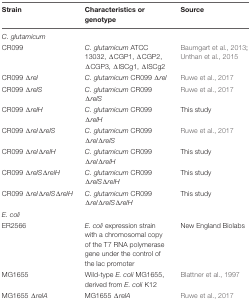
| Strain | Characteristics or genotype | Source |
 | --- | --- | --- |
 | <COLSPAN=3> C. glutamicum |
 | CR099 | C. glutamicum ATCC 13032, ΔCGP1, ΔCGP2, ΔCGP3, ΔISCg1, ΔISCg2 | Baumgart et al., 2013; Unthan et al., 2015 |
 | CR099 Δrel | C. glutamicum CR099 Δrel | Ruwe et al., 2017 |
 | CR099 ΔrelS | C. glutamicum CR099 ΔrelS | Ruwe et al., 2017 |
 | CR099 ΔrelH | C. glutamicum CR099 ΔrelH | This study |
 | CR099 ΔrelΔrelS | C. glutamicum CR099 ΔrelΔrelS | Ruwe et al., 2017 |
 | CR099 ΔrelΔrelH | C. glutamicum CR099 ΔrelΔrelH | This study |
 | CR099 ΔrelSΔrelH | C. glutamicum CR099 ΔrelSΔrelH | This study |
 | CR099 ΔrelΔrelSΔrelH | C. glutamicum CR099 ΔrelΔrelSΔrelH | This study |
 | <COLSPAN=3> E. coli |
 | ER2566 | E. coli expression strain with a chromosomal copy of the T7 RNA polymerase gene under the control of the lac promoter | New England Biolabs |
 | MG1655 | Wild-type E. coli MG1655, derived from E. coli K12 | Blattner et al., 1997 |
 | MG1655 ΔrelA | MG1655 ΔrelA | Ruwe et al., 2017 |